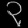
Digit: ၃